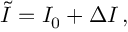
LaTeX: \widetilde { I } = I _ { 0 } + \Delta I \, ,